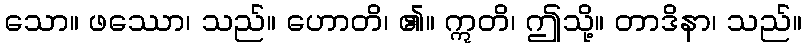
သော။ ဖဿော၊ သည်။ ဟောတိ၊ ၏။ ဣတိ၊ ဤသို့။ တာဒိနာ၊ သည်။